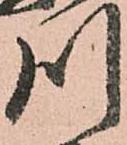
川